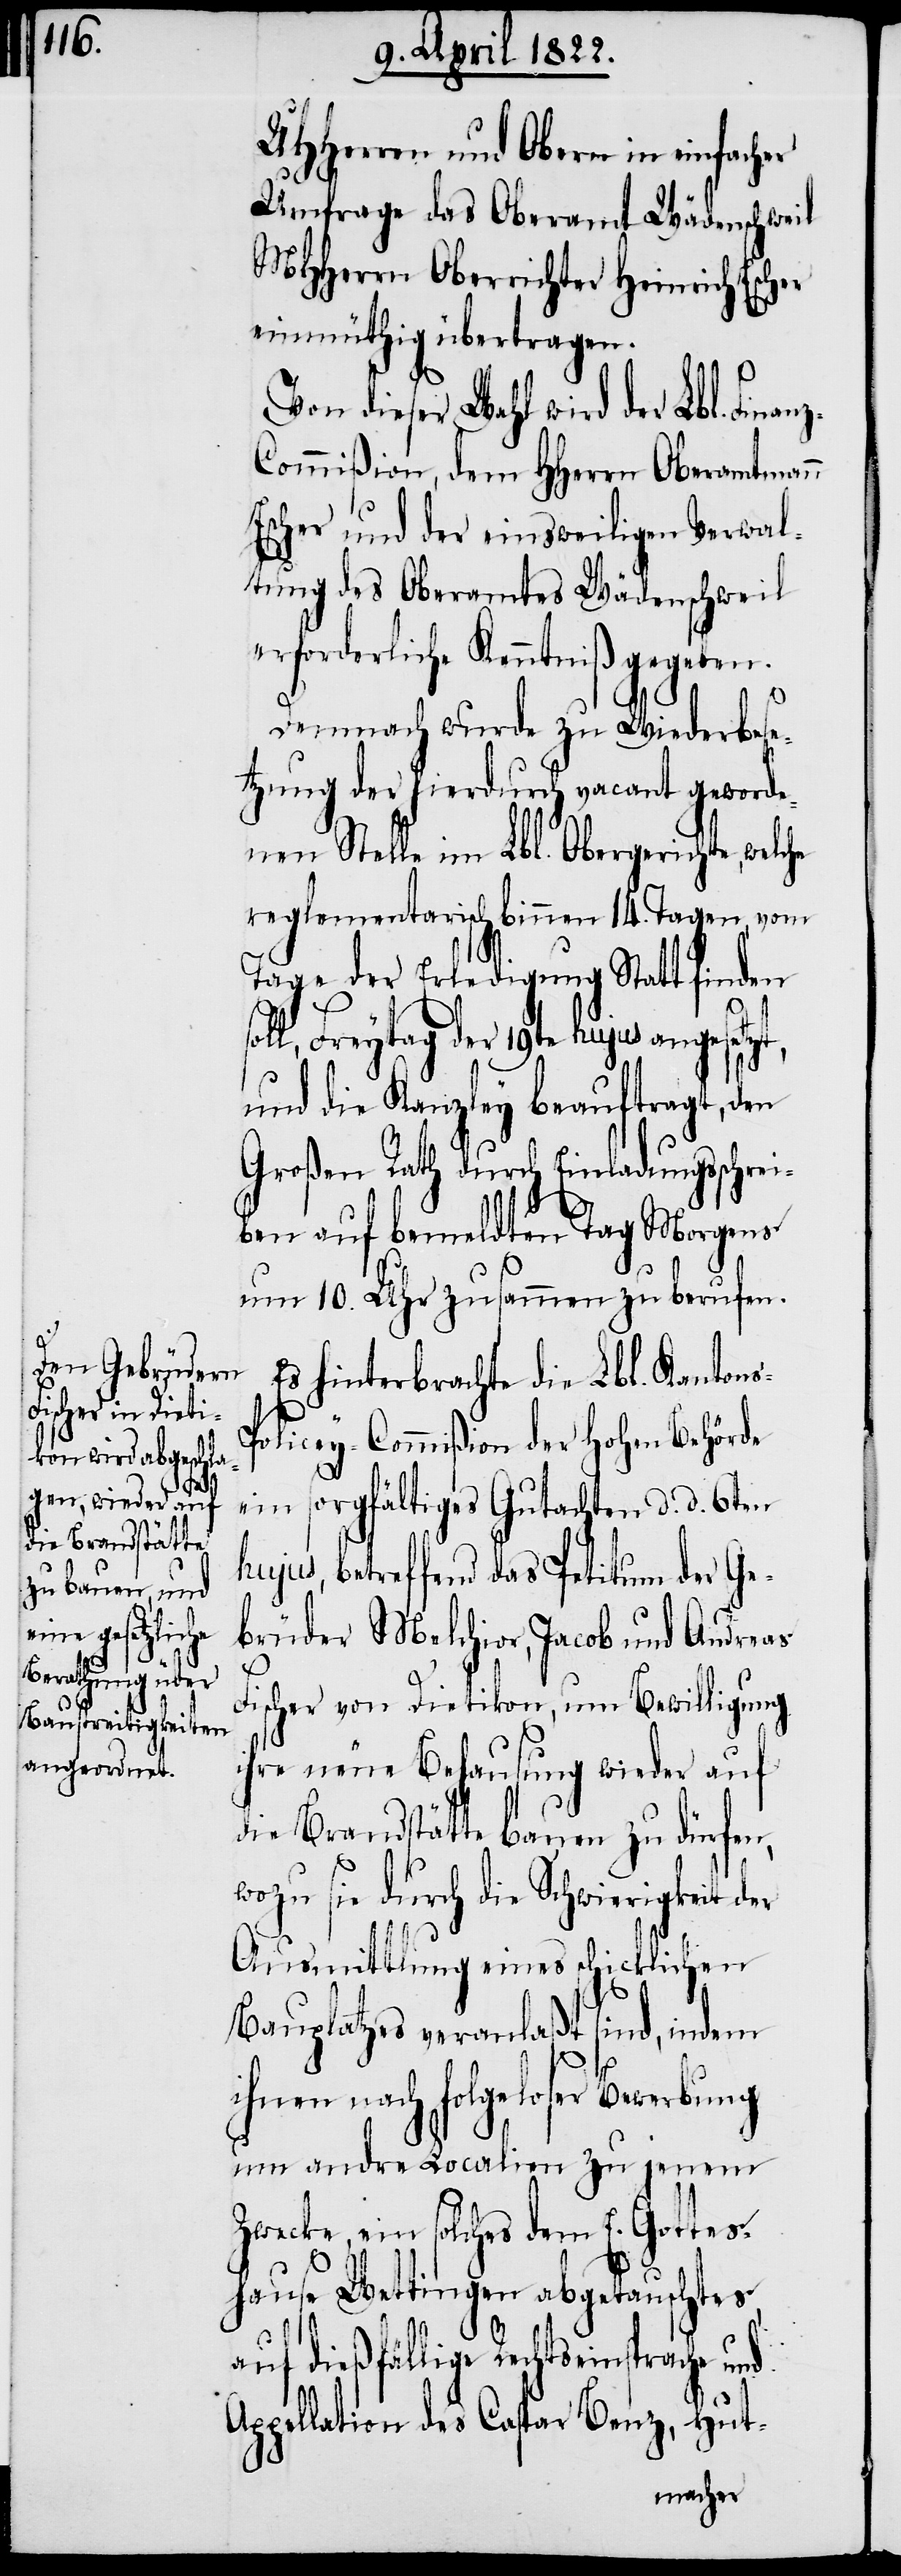
UHHerren und Obern in einfacher
Umfrage das Oberamt Wädenschweil
MHHerrn Oberrichter Heinrich Escher
einmüthig übertragen.
dieser Wahl wird der Lbl. Fina¬
ommißion, dem HHerrn Oberamtmann
Escher und der einsweiligen Verwal¬
tung des Oberamtes Wädenschweil
erforderliche Kenntniß gegeben.
Demnach wurde zu Wiederbese¬
tzung der hierdurch vacant geworde¬
nen Stelle im Lbl. Obergerichte,
reglementarisch binnen 14. Tagen, vom
Tage der Erledigung Statt finden
ll, Freytag der 19te hujus angesetz¬
und die Kanzley beauftragt, den
Großen Rath durch Einladungsschre¬
iben auf bemeldten Tag Morgens
um 10. Uhr zusammen zu berufen.
Es hinterbrachte die Lbl. Kanton¬
olicey-Commißion der hohen Behörde
ein sorgfältiges Gutachten d. d. 6ten
hujus, betreffend das Petitum der Ge¬
brüder Melchior, Jacob und Andreas
Fischer von Dietikon, um Bewilligung
ihre neue Behausung wieder auf
die Brandstätte bauen zu dürfen,
wozu sie durch die Schwierigkeit der
Ausmittlung eines schicklichen
Bauplatzes veranlaßt sind, indem
hnen nach folgeloser Bewerbung
um andre Localien zu jenem
Zwecke, ein solches dem E. Gottes¬
hause Wettingen abgetauschtes
t,
auf dießfällige Rechtseinsprache und
i¬
Appellation des Caspar Benz, Hut-